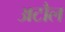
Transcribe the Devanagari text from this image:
अटौल